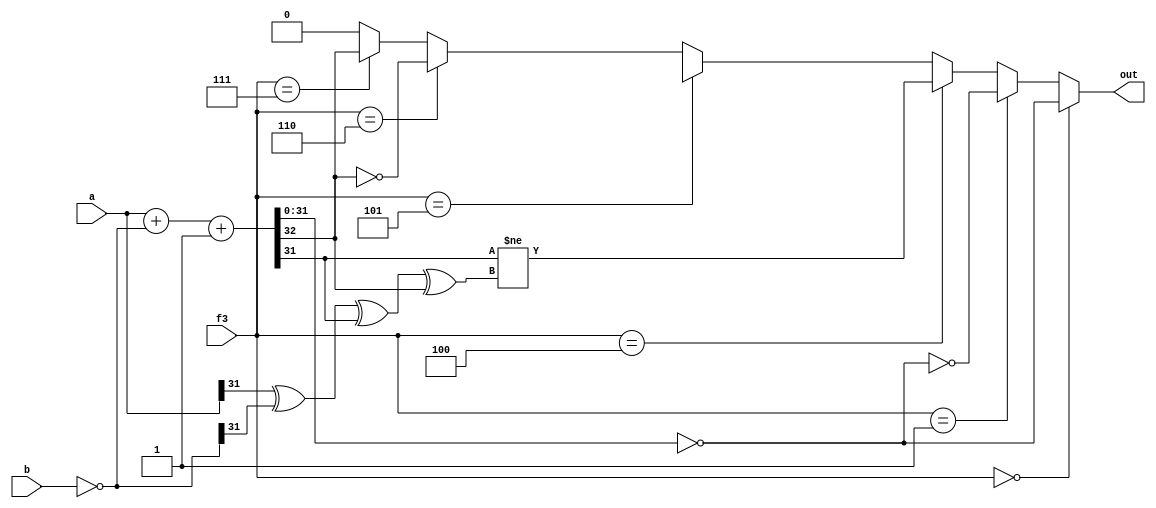
`timescale 1ns / 1ps
/*******************************************************************
*
* Module: BCU.v
* Project: RISC-V CPU
* Description: The branch control unit
* Change history:
* 2/7/19 - We edited the Module
**********************************************************************/

module BCU(
input [2:0] f3,
input [31:0] a,
input [31:0] b,
output out
);
wire cf,zf,sf,vf;
wire [31:0] add,op_b;
assign op_b = (~b);
assign {cf, add} =(a + op_b + 1'b1);

assign zf = (add == 0);
assign sf = add[31];
assign vf = (a[31] ^ (op_b[31]) ^ add[31] ^ cf);
wire Beq,Bne,Blt,Bge,Bltu,Bgeu;
assign Beq = (zf==1);
assign Bne = (zf==0);
assign Bltu = (cf==0);
assign Bgeu = (cf==1);
assign Blt = (sf!=vf);
assign Bgt = (sf==vf);
assign out = (f3==0)?Beq:(f3==1)?Bne:(f3==4)?Blt:(f3==5)?Bge:(f3==6)?Bltu:(f3==7)?Bgeu:0;
endmodule